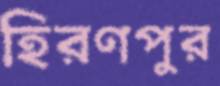
হিরণপুর